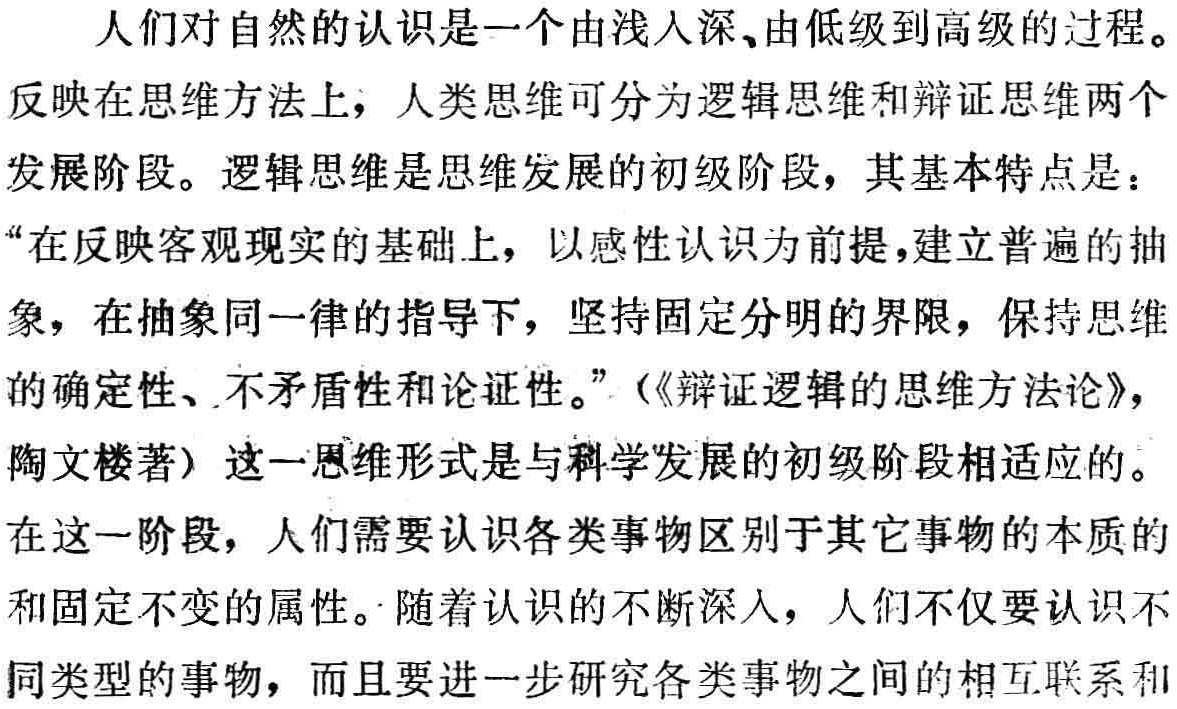
人们对自然的认识是一个由浅入深、由低级到高级的过程。
反映在思维方法上，人类思维可分为逻辑思维和辩证思维两个
发展阶段。逻辑思维是思维发展的初级阶段，其基本特点是：
“在反映客观现实的基础上，以感性认识为前提，建立普遍的抽
象，在抽象同一律的指导下，坚持固定分明的界限，保持思维
的确定性、不矛盾性和论证性。”（《辩证逻辑的思维方法论》，
陶文楼著）这一思维形式是与科学发展的初级阶段相适应的。
在这一阶段，人们需要认识各类事物区别于其它事物的本质的
和固定不变的属性。随着认识的不断深入，人们不仅要认识不
同类型的事物，而且要进一步研究各类事物之间的相互联系和